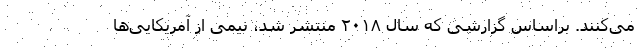
می‌کنند. براساس گزارشی که سال ۲۰۱۸ منتشر شد، نیمی از آمریکایی‌ها